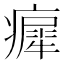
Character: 𤺳